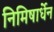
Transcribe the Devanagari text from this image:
निमिषार्धेन